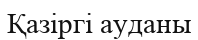
Қазіргі ауданы